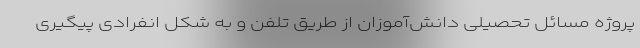
پروژه مسائل تحصیلی دانش‌آموزان از طریق تلفن و به شکل انفرادی پیگیری